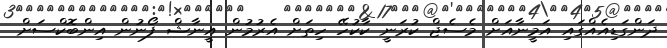
ދަންގަޑިއެއްގައި އަމީނާއަށް މެސެޖް ކުރަނީ ކާކުހޭ ހިތަށް އެރުމުން އީނާޝް ފޯނުން އިންބޮކްސަށް